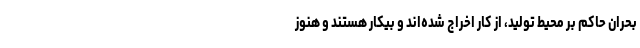
بحران حاکم بر محیط تولید، از کار اخراج شده‌اند و بیکار هستند و هنوز